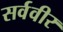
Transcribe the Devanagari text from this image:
सर्ववीर